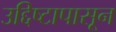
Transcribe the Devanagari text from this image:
उद्दिष्टापासून